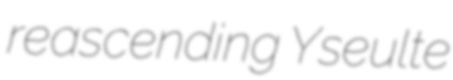
reascending Yseulte